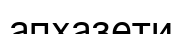
апхазети